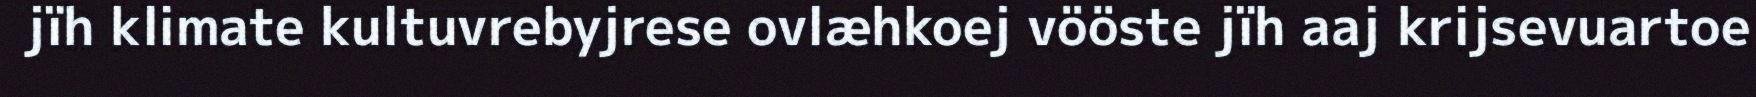
jïh klimate kultuvrebyjrese ovlæhkoej vööste jïh aaj krijsevuartoe